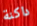
داكنة